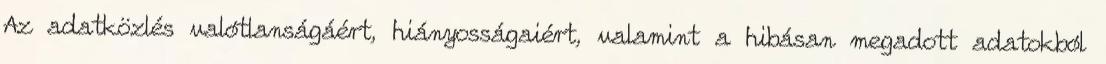
Az adatközlés valótlanságáért, hiányosságaiért, valamint a hibásan megadott adatokból